DOW-UAP-D61, Mission Report, Persian Gulf, August 2020
Agency: Department of War
Incident date: 8/27/20
Incident location: Persian Gulf
Page 4
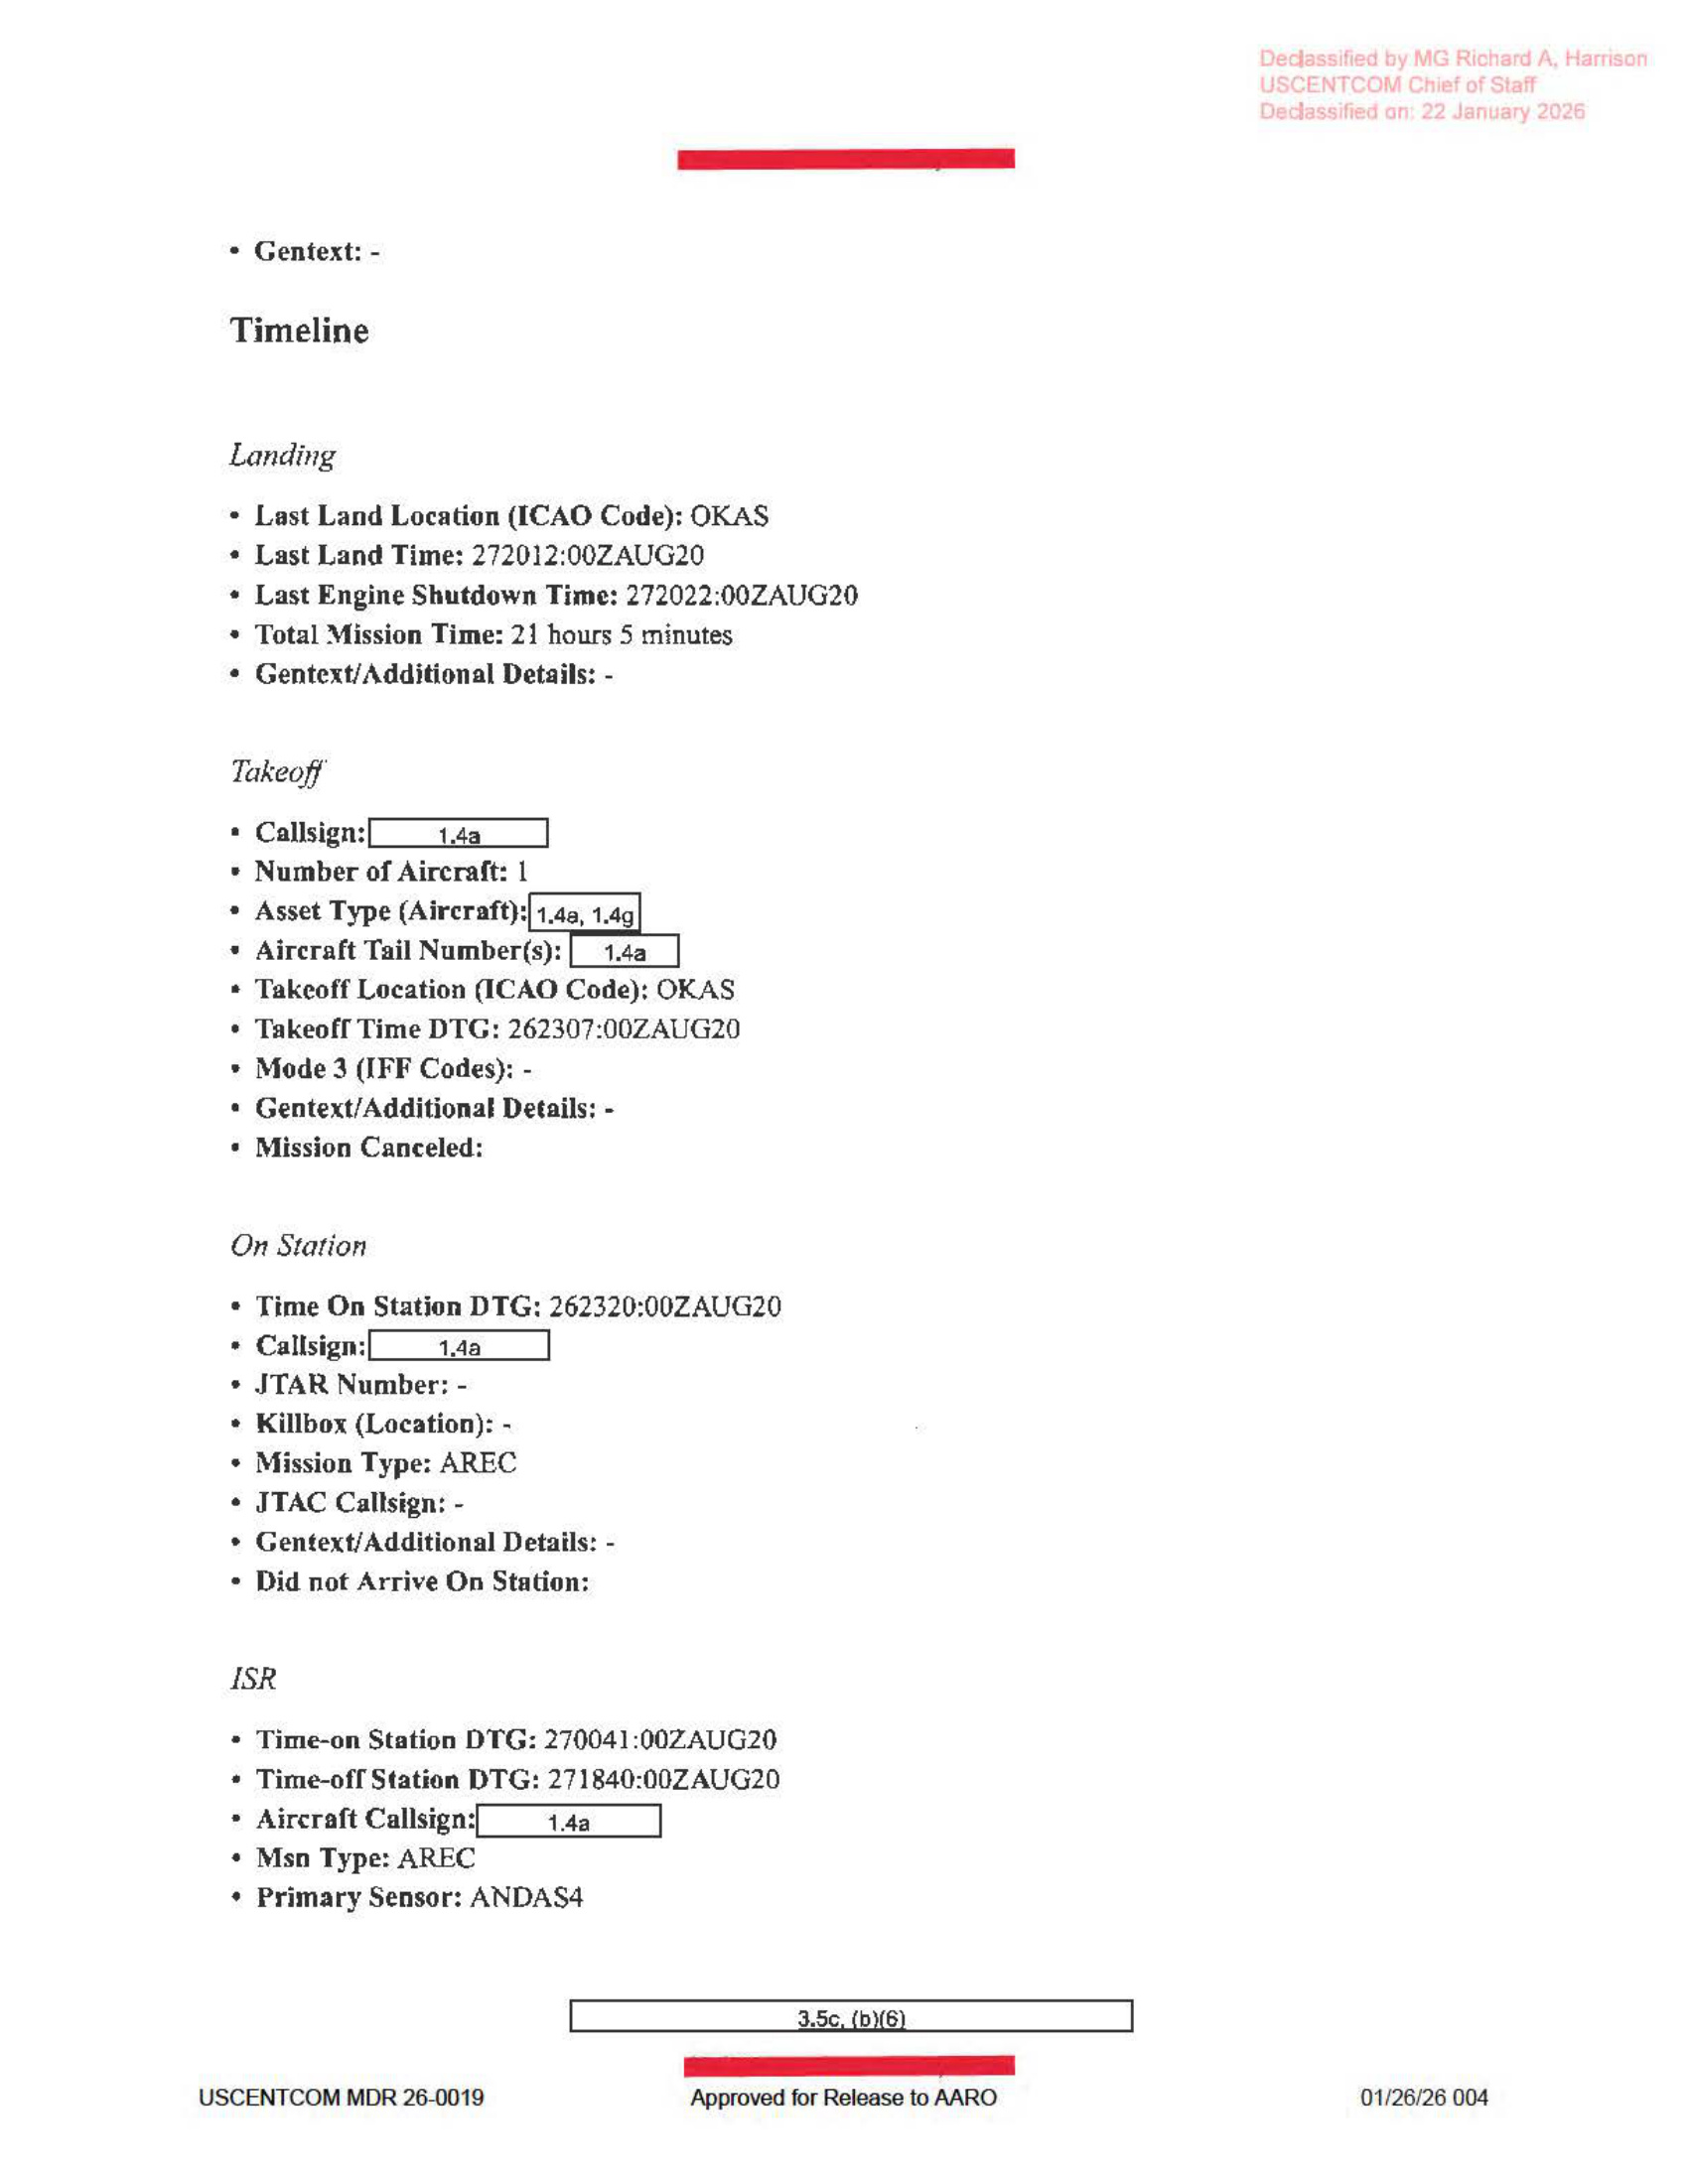